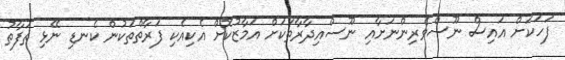
ފަހަކަށް އައިސް ނޫސްވެރިންނަށާއި ނޫސްއިދާރާތަކަށް އަމާޒުކޮށް އެކިއެކި ފަރާތްތަކުން ކެނޑި ނޭޅި ތަފާތު